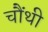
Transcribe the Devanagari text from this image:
चौंथी